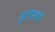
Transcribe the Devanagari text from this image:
सुलझाएँ।